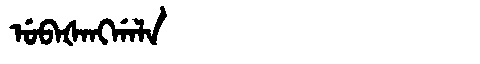
Manchu: ᡠᠪᠠᡧᠠᠩᡤᠠᠯᠠ
Romanization: UBAŠANGGALA